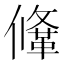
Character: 鞗